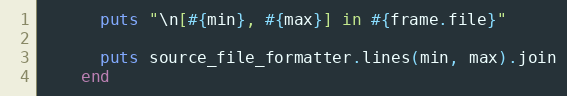
Language: Ruby
      puts "\n[#{min}, #{max}] in #{frame.file}"

      puts source_file_formatter.lines(min, max).join
    end